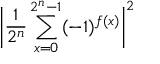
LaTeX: { \bigg | } { \frac { 1 } { 2 ^ { n } } } \sum _ { x = 0 } ^ { 2 ^ { n } - 1 } ( - 1 ) ^ { f ( x ) } { \bigg | } ^ { 2 }